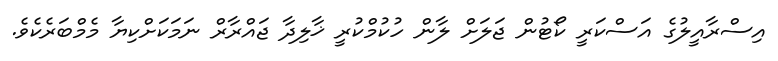
އިސްރާއީލުގެ އަސްކަރީ ކޯޓުން ޖަލަށް ލާން ހުކުމްކުރީ ޚާލިދާ ޖައްރާރް ނަމަކަށްކިޔާ މެމްބަރެކެވެ.